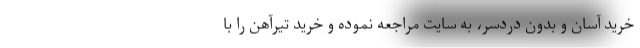
خرید آسان و بدون دردسر، به سایت مراجعه نموده و خرید تیرآهن را با